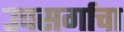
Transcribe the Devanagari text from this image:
उपसर्गाचा